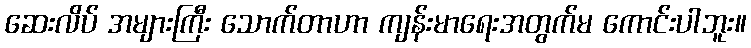
ဆေးလိပ် အများကြီး သောက်တာဟာ ကျန်းမာရေးအတွက်မ ကောင်းပါဘူး။